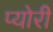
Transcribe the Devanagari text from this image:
प्योरी